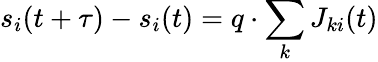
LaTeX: s_{i}(t+\tau)-s_{i}(t)=q\cdot\sum_{k}J_{ki}(t)